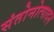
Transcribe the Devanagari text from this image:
संतोनोत्पादन